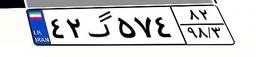
۲۰گ۵۹۷۶۳